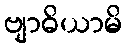
ဗျာဓိယာမိ